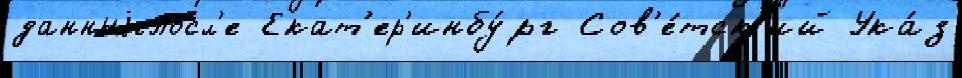
данныjеПосл'е Екат'ер'инбу́рг Сов'е́тск'ий Ука́з